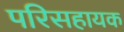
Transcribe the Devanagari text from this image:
परिसहायक